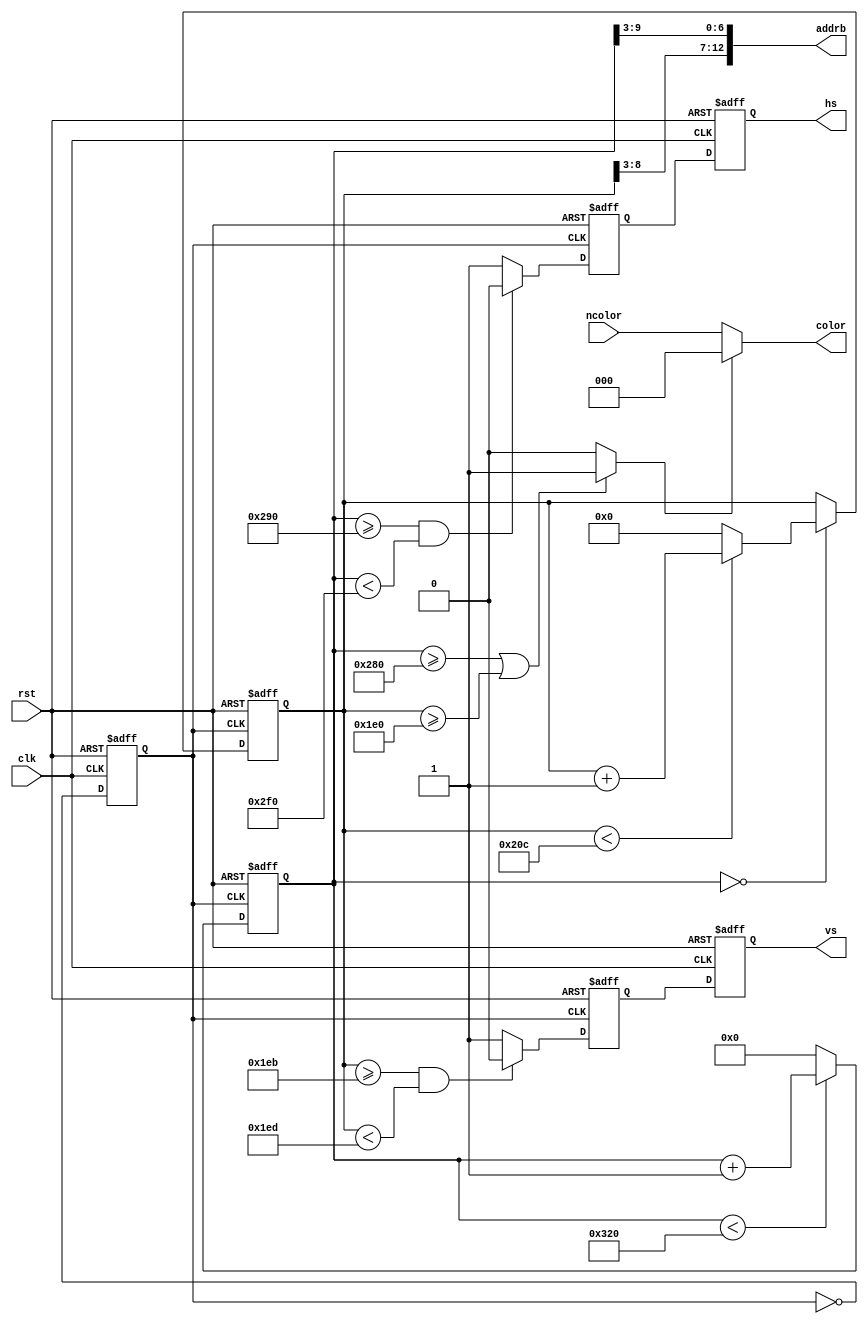
`timescale 1ns / 1ps
//////////////////////////////////////////////////////////////////////////////////
// Company:       Universidad Pontificia Bolivariana
// 
// Design Name: 
// Module Name:    vga_control 
// Project Name: 
// Target Devices: 
// Tool versions: 
// Description: 
//
// Dependencies: 
//
// Revision: 
// Revision 0.01 - File Created
// Additional Comments: 
//
//////////////////////////////////////////////////////////////////////////////////
module vga_control(
    input clk,
    input rst,
	 input [2:0] ncolor,
    output reg hs, vs,
	 output [2:0] color,
    output [12:0] addrb
    );

reg [9:0] hcnt;
reg [8:0] vcnt;
reg clk25;

reg hsync, vsync;
wire [6:0] x;
wire [5:0] y;
wire blank;

//FF Toggle 
always@(posedge clk or posedge rst)
	if (rst)
		clk25<=0;
	else
		clk25<=~clk25;

//col counter [0->799]
always@(posedge clk25 or posedge rst)
	if (rst)
		hcnt<=0;
	else
		if (hcnt<800)
			hcnt<=hcnt+1;
		else
			hcnt<=0;

//row counter [0->523]
always@(posedge clk25 or posedge rst)
	if (rst)
		vcnt<=0;
	else
		if (hcnt==0)
			if (vcnt<524)
				vcnt<=vcnt+1;
			else
			   vcnt<=0;

// hsync pulse generation
always@(posedge clk25 or posedge rst)
	if (rst)
		hsync<=1;
	else
		if (hcnt>=656 && hcnt<752)
			hsync<=0;
		else
			hsync<=1;

//vsync pulse generation
always@(posedge clk25 or posedge rst)
	if (rst)
		vsync<=1;
	else
		if (vcnt>=491 && vcnt<493)
			vsync<=0;
		else
			vsync<=1;

assign blank=(hcnt>=640 || vcnt>=480)? 1: 0;

always@(posedge clk or posedge rst)
	if (rst) 
		begin
			hs<=1;
			vs<=1; 
		end
	else 
		begin
			hs<=hsync;
			vs<=vsync;
		end

assign color=blank? 0: ncolor;
			
//we change format dividing by 4, slicing from 640x480 to 80x60
assign x=hcnt[9:3];
assign y=vcnt[8:3];
assign addrb={y, x};


endmodule